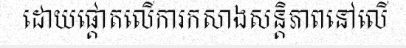
ដោយផ្តោតលើការកសាងសន្តិភាពនៅលើ